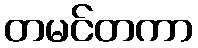
တမင်တကာ